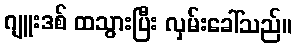
ဂျူးဒစ် ထသွားပြီး လှမ်းခေါ်သည်။